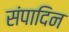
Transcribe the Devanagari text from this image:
संपादिन